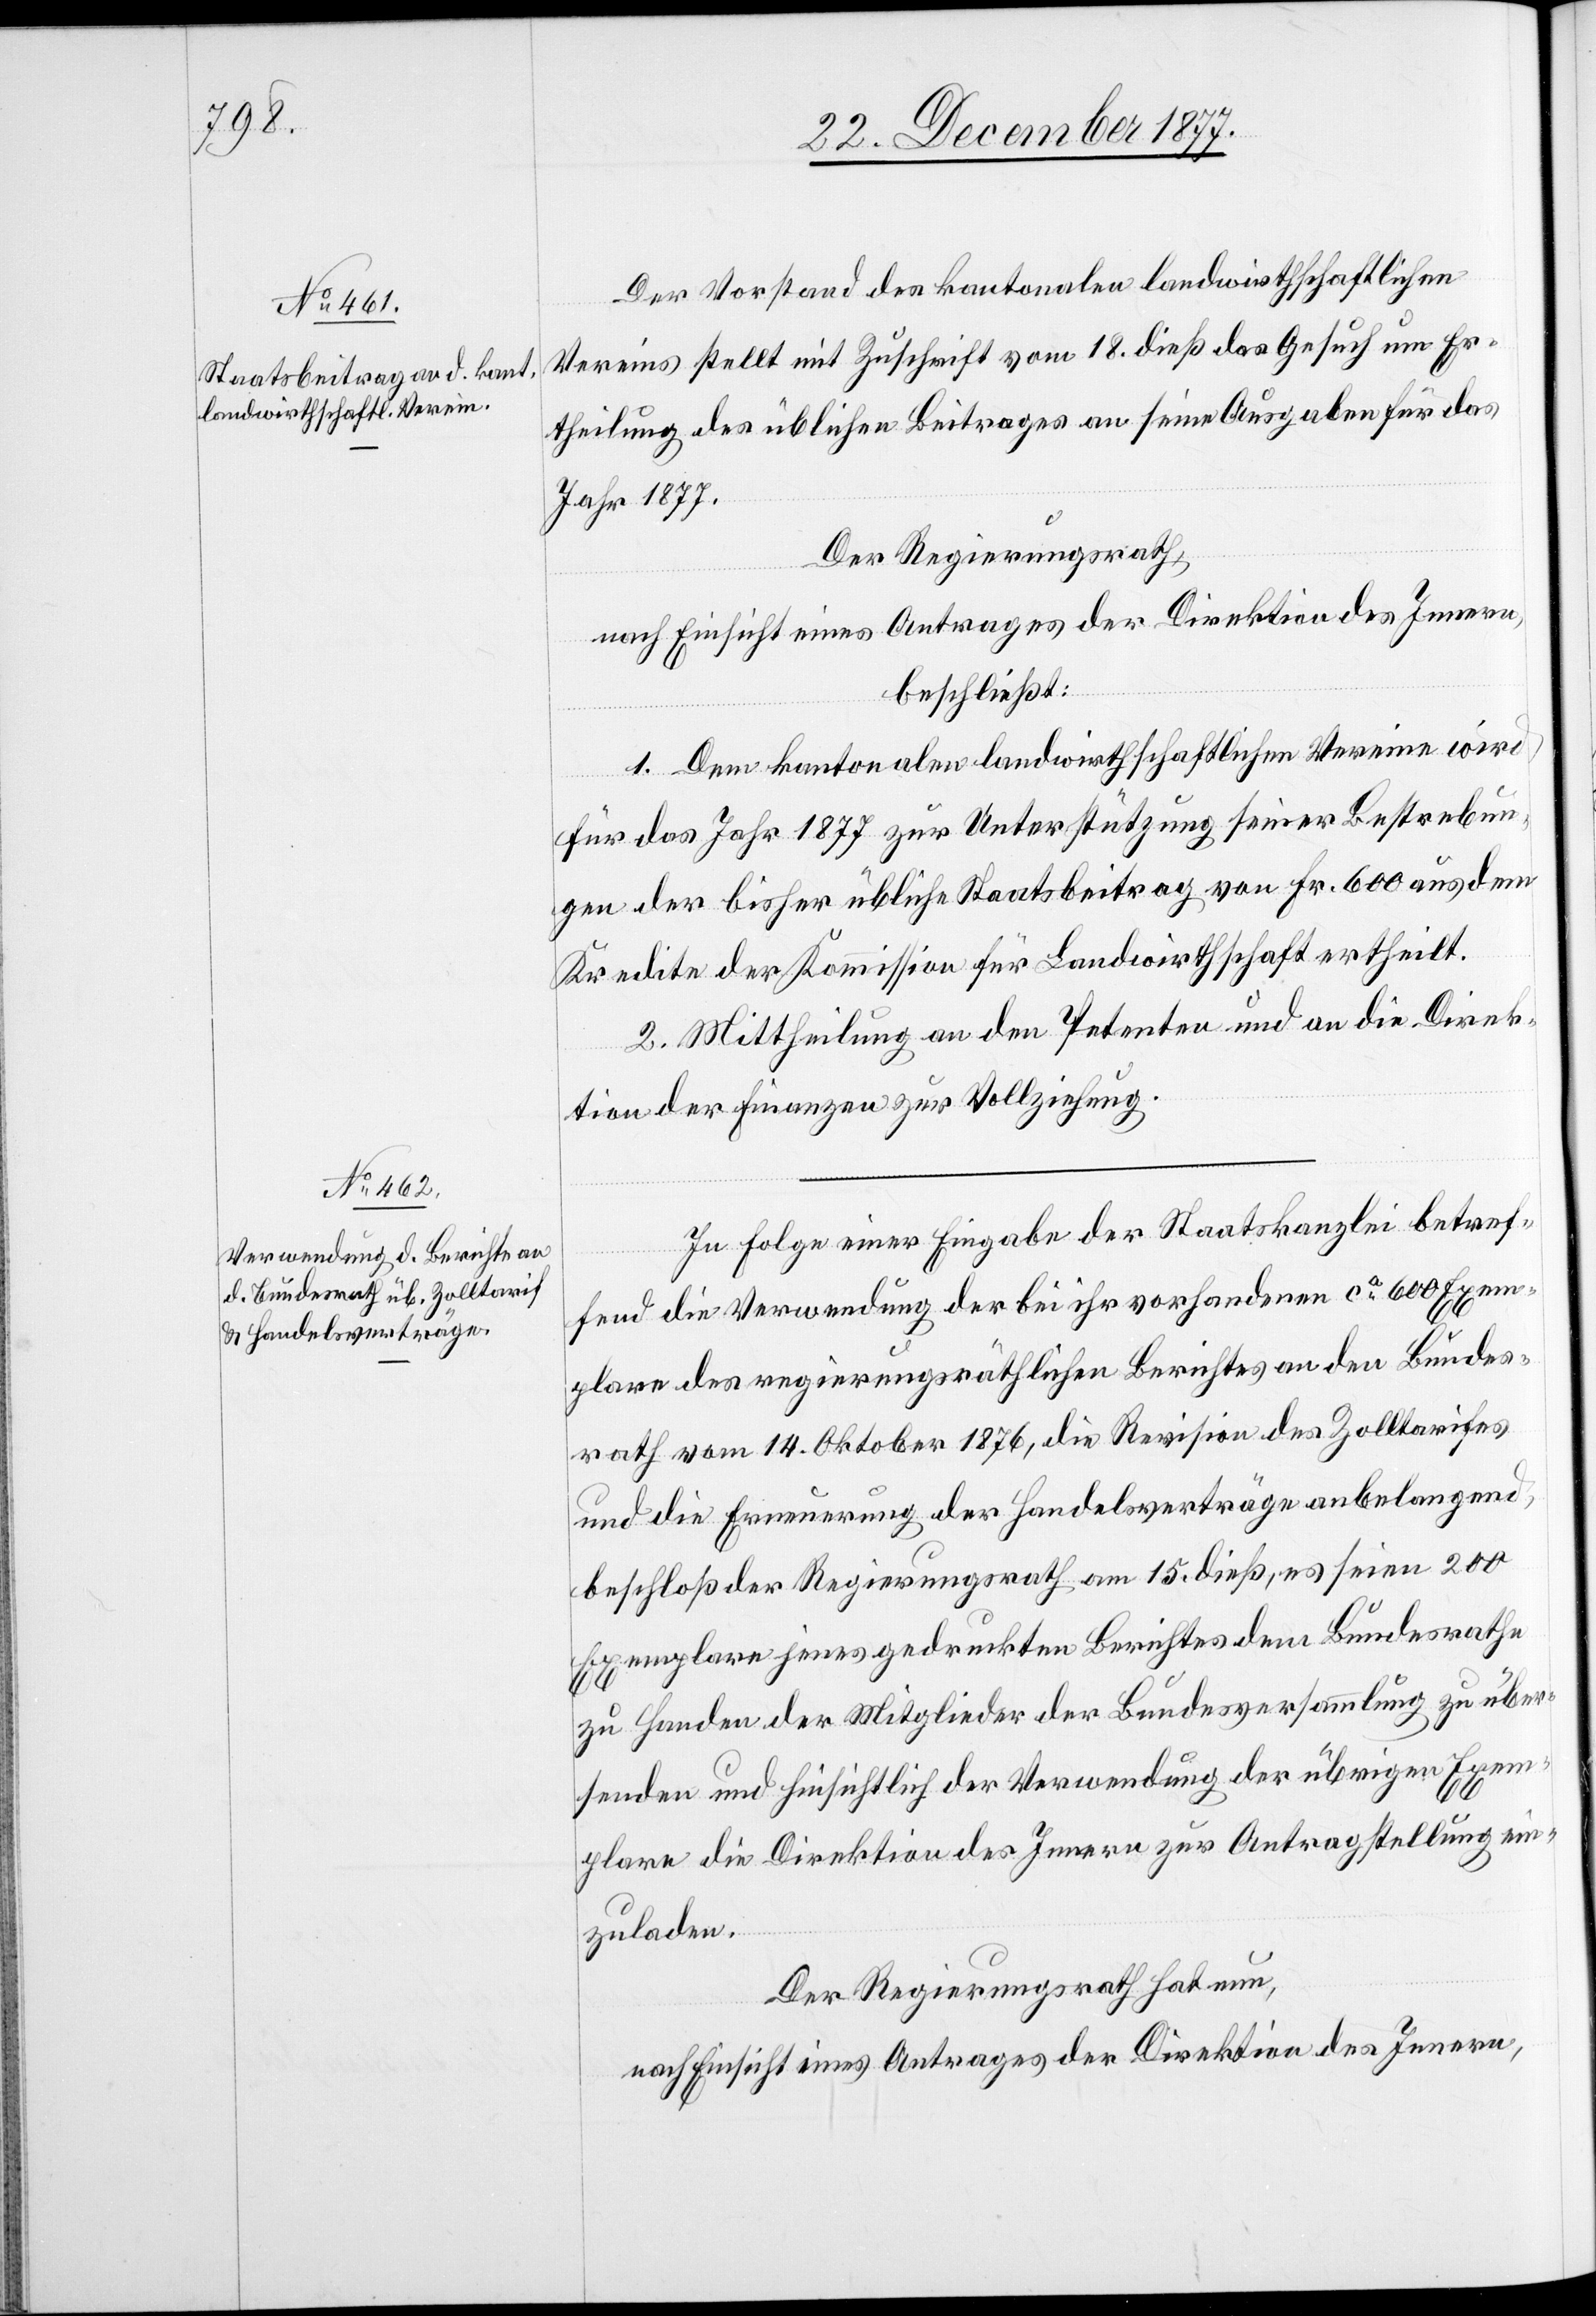
Der Vorstand des kantonalen landwirthschaftlichen
Vereins stellt mit Zuschrift vom 18. dieß das Gesuch um Er¬
theilung des üblichen Beitrages an seine Ausgaben für das
Jahr 1877.
Der Regierungsrath,
beschließt:
1. Dem kantonalen landwirthschaftlichen Vereine wird
für das Jahr 1877 zur Unterstützung seiner Bestrebun¬
gen der bisher übliche Staatsbeitrag von Fr. 600 aus dem
Kredite der Kommission für Landwirthschaft ertheilt.
2. Mittheilung an den Petenten und an die Direk¬
tion der Finanzen zur Vollziehung.
In Folge einer Eingabe der Staatskanzlei betref¬
fend die Verwendung der bei ihr vorhandenen ca 600 Exem¬
plare des regierungsräthlichen Berichtes an den Bundes¬
rath vom 14. Oktober 1876, die Revision des Zolltarifes
und die Erneuerung der Handelsverträge anbelangend,
beschloß der Regierungsrath am 15. dieß, es seien 200
Exemplare jenes gedruckten Berichtes dem Bundesrathe
zu Handen der Mitglieder der Bundesversammlung zu über¬
senden und hinsichtlich der Verwendung der übrigen Exem¬
plare die Direktion des Innern zur Antragstellung ein¬
zuladen.
Der Regierungsrath hat nun,
nach Einsicht eines Antrages der Direktion des Innern,